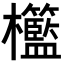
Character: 𣡓